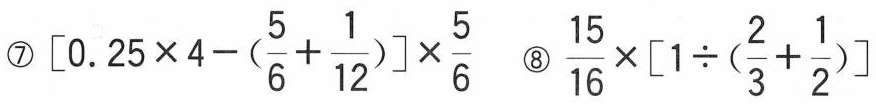
⑦$$\left[0.25 \times 4-(\frac{5}{6}+ \frac{1}{12})\right] \times \frac{5}{6}$$ ⑧$$\frac{15}{16}\times \left[ 1 \div(\frac{2}{3}+ \frac{1}{2})\right]$$